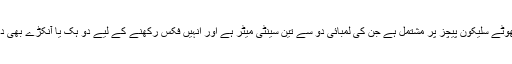
نوز لفٹر دو چھوٹے سلیکون پیچز پر مشتمل ہے جن کی لمبائی دو سے تین سینٹی میٹر ہے اور انہیں فکس رکھنے کے لیے دو ہک یا آنکڑے بھی دیئے گئے ہیں۔